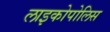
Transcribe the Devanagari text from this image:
लाइकोपोलिस